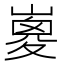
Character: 𡼇